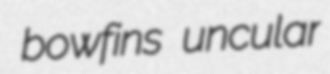
bowfins uncular